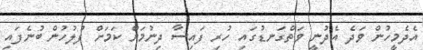
އެދެމީހުން ވަދެ އެދުނީ ވަތްގަނޑުގައި ހުރި ފައިސާ ދިނުމަށް ކަމަށް ފުލުހުން ބުނެފައި